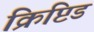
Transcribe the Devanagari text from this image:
क्रिप्टिड